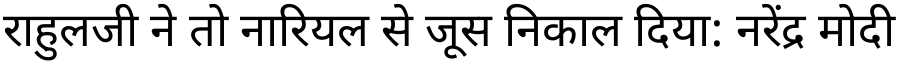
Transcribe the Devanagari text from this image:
राहुलजी ने तो नारियल से जूस निकाल दिया: नरेंद्र मोदी